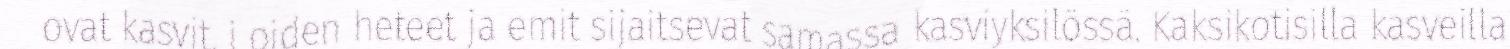
ovat kasvit, j oiden heteet ja emit sijaitsevat samassa kasviyksilössä. Kaksikotisilla kasveilla